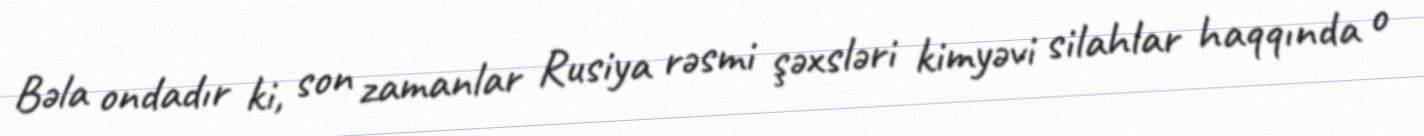
Bəla ondadır ki, son zamanlar Rusiya rəsmi şəxsləri kimyəvi silahlar haqqında o